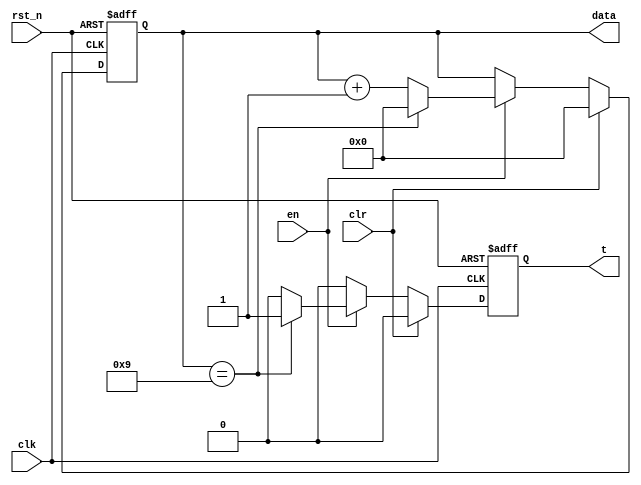
//////////////////////////////////////////////////////////////////////////////////
//                                                                              //
//                                                                              //
//          msq@qq.com                                                          //
//          ALINX(shanghai) Technology Co.,Ltd                                  //
//          heijin                                                              //
//     WEB: http://www.alinx.cn/                                                //
//     BBS: http://www.heijin.org/                                              //
//                                                                              //
//////////////////////////////////////////////////////////////////////////////////
//                                                                              //
// Copyright (c) 2017,ALINX(shanghai) Technology Co.,Ltd                        //
//                    All rights reserved                                       //
//                                                                              //
// This source file may be used and distributed without restriction provided    //
// that this copyright statement is not removed from the file and that any      //
// derivative work contains the original copyright notice and the associated    //
// disclaimer.                                                                  //
//                                                                              //
//////////////////////////////////////////////////////////////////////////////////

//==========================================================================
//  Revision History:
//  Date          By            Revision    Change Description
//--------------------------------------------------------------------------
//  2017/6/19     meisq         1.0         Original
//*************************************************************************/

module count_m10(
                 input          clk,
                 input          rst_n,
                 input          en,    //Counter enable
                 input          clr,   //Counter synchronous reset   
                 output reg[3:0]data,  //counter value
                 output reg     t      // carry enable signal
                );
always@(posedge clk or negedge rst_n) 
begin
    if(rst_n==0)
    begin
        data <= 4'd0;
        t <= 1'd0;
    end
    else if(clr)
    begin
        data <= 4'd0;
        t <= 1'd0;      
    end
    else if(en)
    begin
        if(data==4'd9)
        begin
            t<= 1'b1;    //Counter to 9 to generate carry
            data <= 4'd0;//Counter to 9 reset
        end
        else
        begin
            t <= 1'b0;
            data <= data + 4'd1;
        end
    end
    else
        t <= 1'b0;
end

endmodule